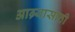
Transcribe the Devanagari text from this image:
आग्र्यासाठी